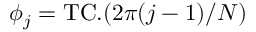
\phi _ { j } = \mathrm { T C } . ( 2 \pi ( j - 1 ) / N )